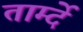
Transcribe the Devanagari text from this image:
तार्म्दे